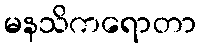
မနသိကရောတာ